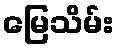
မြေသိမ်း